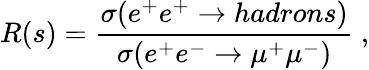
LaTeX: R(s)=\frac{\sigma(e^{+}e^{+}\rightarrow hadrons)}{\sigma(e^{+}e^{-}\rightarrow\mu^{+}\mu^{-})}~,